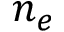
n _ { e }